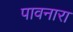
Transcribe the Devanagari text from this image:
पावनारा